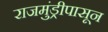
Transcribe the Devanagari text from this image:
राजमुंड्रीपासून